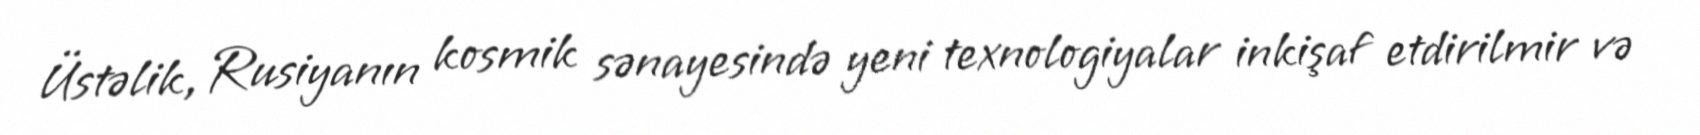
Üstəlik, Rusiyanın kosmik sənayesində yeni texnologiyalar inkişaf etdirilmir və